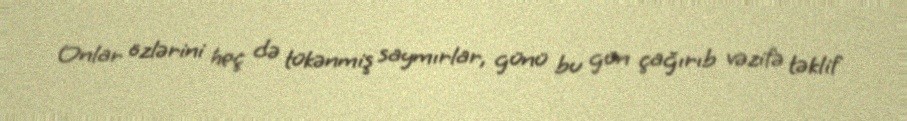
Onlar özlərini heç də tükənmiş saymırlar, günü bu gün çağırıb vəzifə təklif